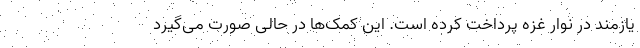
یازمند در نوار غزه پرداخت کرده است. این کمک‌ها در حالی صورت می‌گیرد